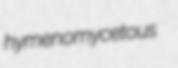
hymenomycetous